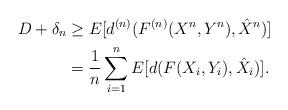
LaTeX: \begin{align*}D + \delta_n &\geq E[d^{(n)}(F^{(n)}(X^n,Y^n),\hat{X}^n)] \\&= \frac{1}{n}\sum_{i=1}^n E[d(F(X_i,Y_i),\hat{X}_i)].\end{align*}